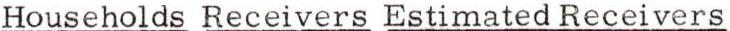
Households Receivers Estimated Receivers